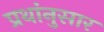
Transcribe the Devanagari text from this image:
प्रथांनुसार